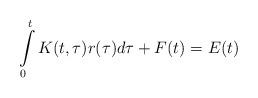
LaTeX: \begin{align*}\int\limits_{0}^{t}K(t,\tau )r(\tau )d\tau +F(t)=E(t) \end{align*}